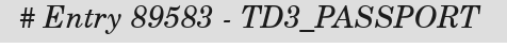
# Entry 89583 - TD3_PASSPORT